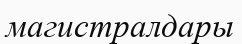
магистралдары